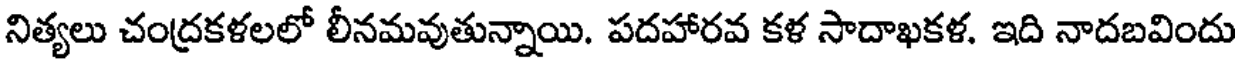
నిత్యలు చంద్రకళలలో లీనమవుతున్నాయి. పదహారవ కళ సాదాఖకళ. ఇది నాదబవిందు